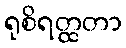
ရုစိရတ္ထတာ